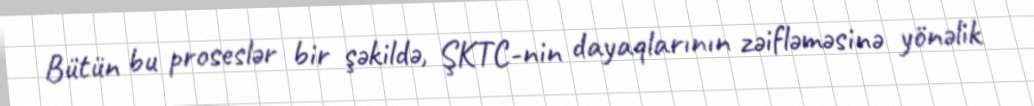
Bütün bu proseslər bir şəkildə, ŞKTC-nin dayaqlarının zəifləməsinə yönəlik